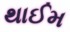
થાઈમ